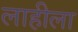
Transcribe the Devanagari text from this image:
लाहीला